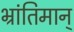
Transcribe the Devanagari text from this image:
भ्रांतिमान्